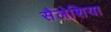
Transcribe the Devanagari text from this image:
सैलेशिया